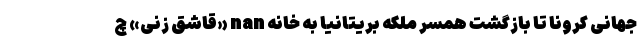
جهانی کرونا تا بازگشت همسر ملکه بریتانیا به خانه nan «قاشق زنی» چ